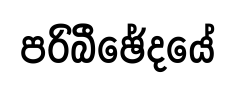
පරිබීඡේදයේ